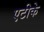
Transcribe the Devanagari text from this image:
एटीके